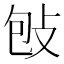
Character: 𢼌